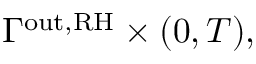
\Gamma ^ { \mathrm { o u t , R H } } \times ( 0 , T ) ,